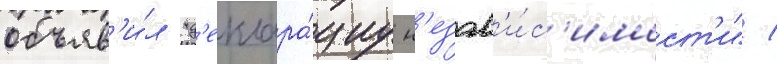
объяв'и́л "д'еклара́циу н'езав'и́с'имост'и" /